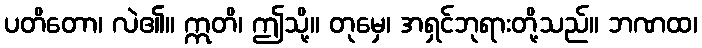
ပတိတော၊ လဲ၏။ ဣတိ၊ ဤသို့။ တုမှေ၊ အရှင်ဘုရားတို့သည်။ ဘဏထ၊